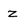
Character: z